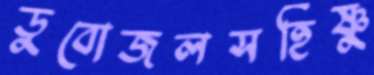
ডুবোজলসহিষ্ণু